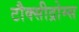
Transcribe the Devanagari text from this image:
टौक्सीद्रोम्स